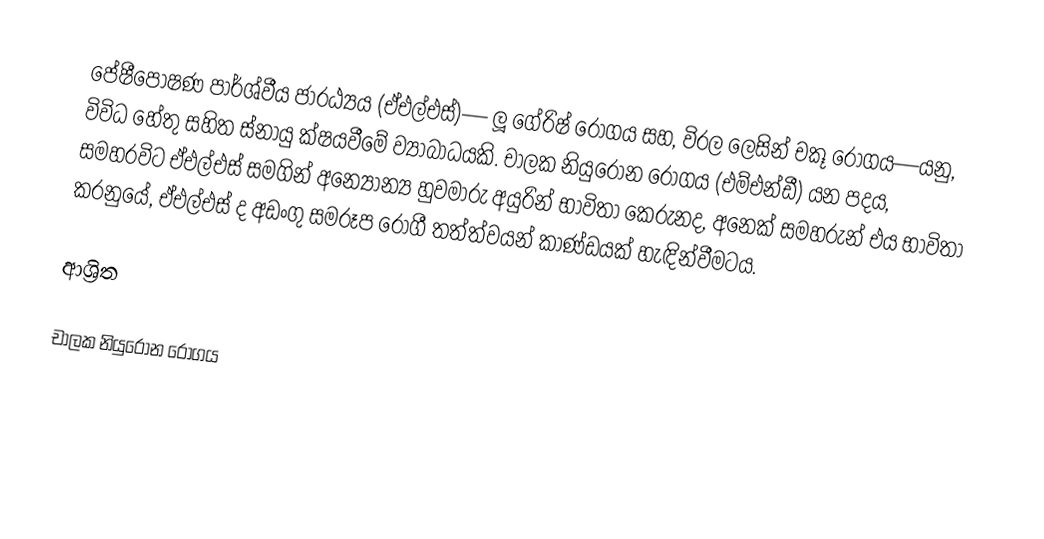
පේෂීපෝෂණ පාර්ශ්වීය ජාරඨ්‍යය (ඒඑල්එස්)— ලූ ගේරිෂ් රෝගය සහ, විරල ලෙසින් චකූ රෝගය—යනු,  විවිධ හේතු සහිත  ස්නායු ක්ෂයවීමේ ව්‍යාබාධයකි. චාලක නියුරෝන රෝගය  (එම්එන්ඩී) යන පදය, සමහරවිට ඒඑල්එස් සමගින් අන්‍යෝන්‍ය හුවමාරු අයුරින් භාවිතා කෙරුනද, අනෙක් සමහරුන් එය භාවිතා කරනුයේ, ඒඑල්එස් ද අඩංගු සමරූප රෝගී තත්ත්වයන් කාණ්ඩයක් හැඳින්වීමටය.

ආශ්‍රිත

චාලක නියුරෝන රෝගය